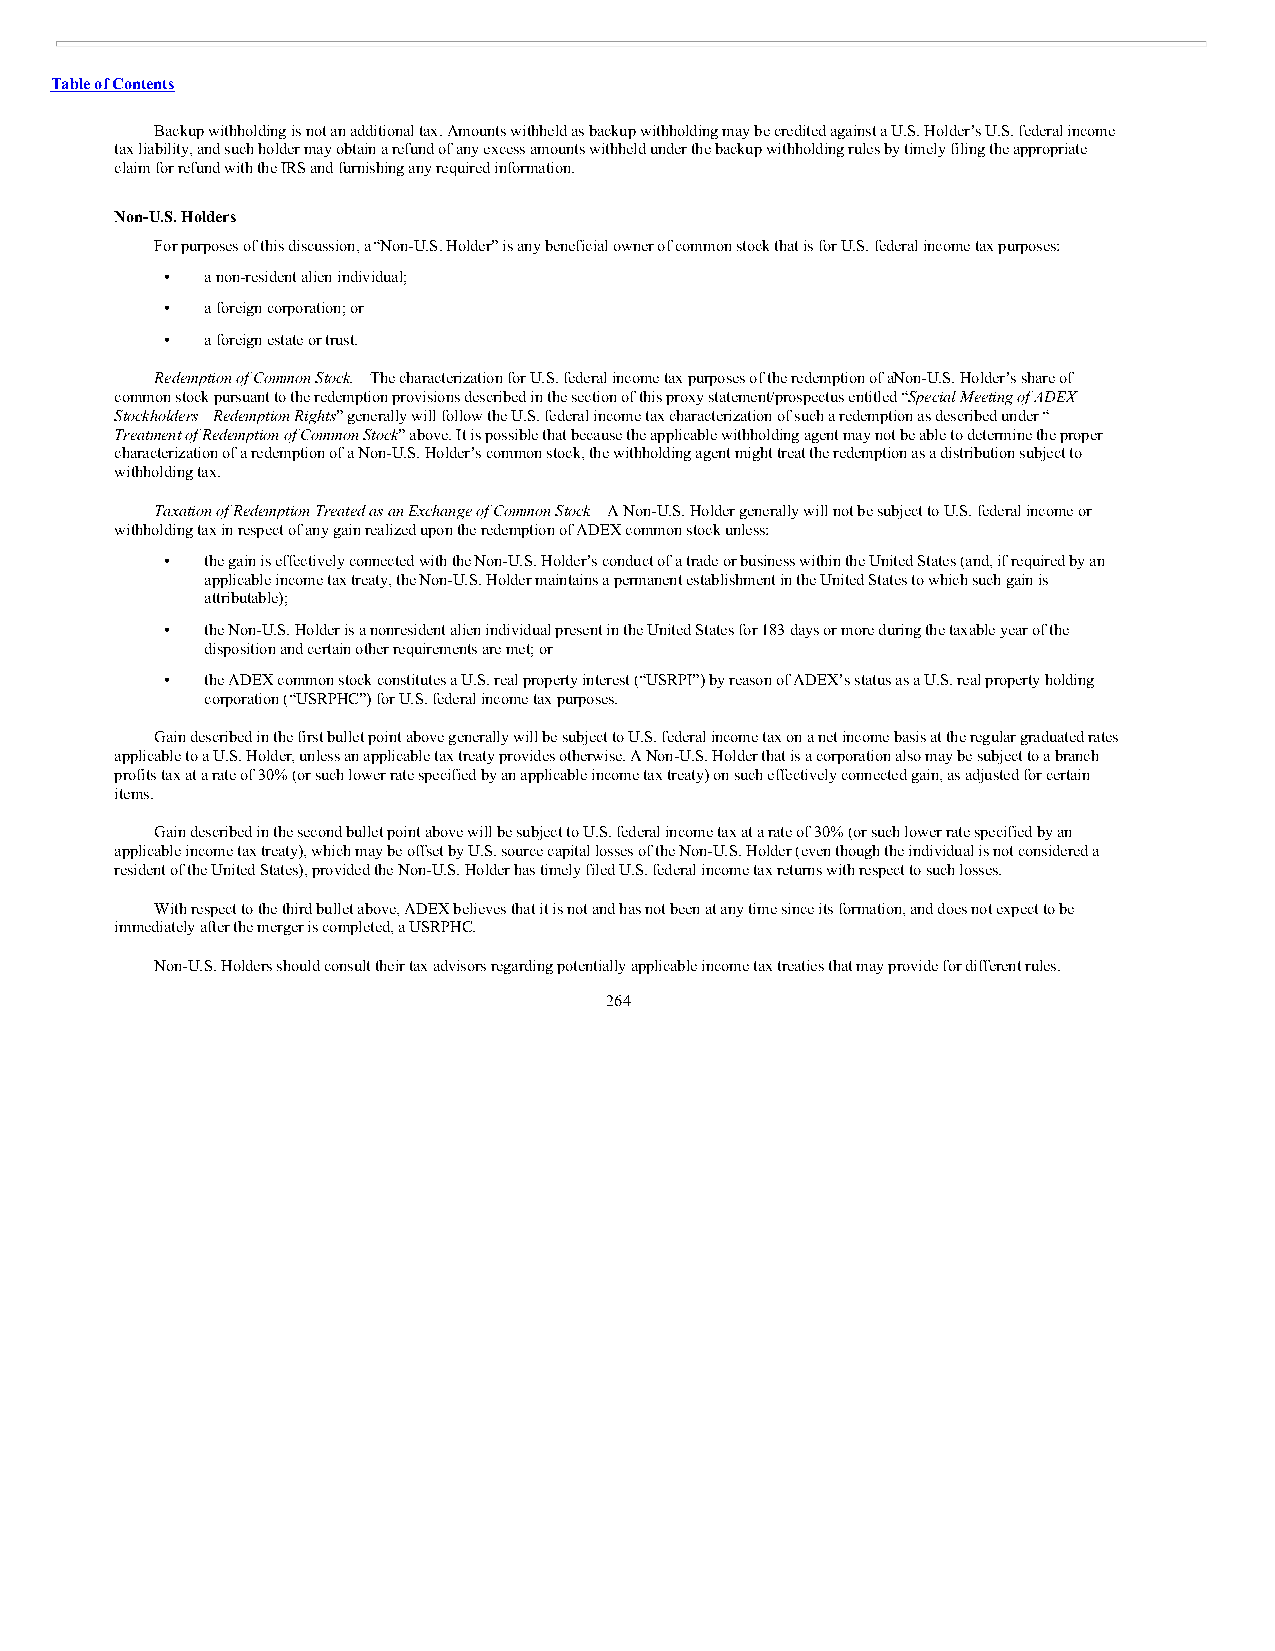
Table of Contents
 Backup withholding is not an additional tax. Amounts withheld as backup withholding may be credited against a U.S. Holder’s U.S. federal income
 tax liability, and such holder may obtain a refund of any excess amounts withheld under the backup withholding rules by timely filing the appropriate
 claim for refund with the IRS and furnishing any required information.
 Non-U.S. Holders
 For purposes of this discussion, a “Non-U.S. Holder” is any beneficial owner of common stock that is for U.S. federal income tax purposes:
 •  a non-resident alien individual;
 •  a foreign corporation; or
 •  a foreign estate or trust.
 Redemption of Common Stock. The characterization for U.S. federal income tax purposes of the redemption of aN on-U.S. Holder’s share of
 common stock pursuant to the redemption provisions described in the section of this proxy statement/prospectus entitled “Special Meeting of ADEX
 Stockholders—Redemption Rights” generally will follow the U.S. federal income tax characterization of such a redemption as described under “—
 Treatment of Redemption of Common Stock” above. It is possible that because the applicable withholding agent may not be able to determine the proper
 characterization of a redemption of a Non-U.S. Holder’s common stock, the withholding agent might treat the redemption as a distribution subject to
 withholding tax.
 Taxation of Redemption Treated as an Exchange of Common Stock. A Non-U.S. Holder generally will not be subject to U.S. federal income or
 withholding tax in respect of any gain realized upon the redemption of ADEX common stock unless:
 •  the gain is effectively connected with the Non-U.S. Holder’s conduct of a trade or business within the United States (and, if required by an
 applicable income tax treaty, the Non-U.S. Holder maintains a permanent establishment in the United States to which such gain is
 attributable);
 •  the Non-U.S. Holder is a nonresident alien individual present in the United States for 183 days or more during the taxable year of the
 disposition and certain other requirements are met; or
 •  the ADEX common stock constitutes a U.S. real property interest (“USRPI”) by reason of ADEX’s status as a U.S. real property holding
 corporation (“USRPHC”) for U.S. federal income tax purposes.
 Gain described in the first bullet point above generally will be subject to U.S. federal income tax on a net income basis at the regular graduated rates
 applicable to a U.S. Holder, unless an applicable tax treaty provides otherwise. A Non-U.S. Holder that is a corporation also may be subject to a branch
 profits tax at a rate of 30% (or such lower rate specified by an applicable income tax treaty) on such effectively connected gain, as adjusted for certain
 items.
 Gain described in the second bullet point above will be subject to U.S. federal income tax at a rate of 30% (or such lower rate specified by an
 applicable income tax treaty), which may be offset by U.S. source capital losses of the Non-U.S. Holder (even though the individual is not considered a
 resident of the United States), provided the Non-U.S. Holder has timely filed U.S. federal income tax returns with respect to such losses.
 With respect to the third bullet above, ADEX believes that it is not and has not been at any time since its formation, and does not expect to be
 immediately after the merger is completed, a USRPHC.
 Non-U.S. Holders should consult their tax advisors regarding potentially applicable income tax treaties that may provide for different rules.
 264